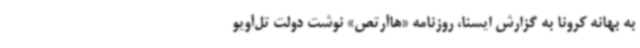
به بهانه کرونا به گزارش ایسنا، روزنامه «هاآرتص» نوشت دولت تل‌آویو